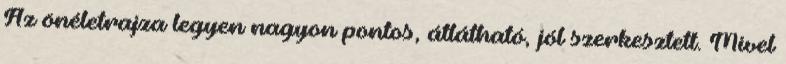
Az önéletrajza legyen nagyon pontos, átlátható, jól szerkesztett. Mivel